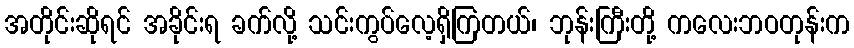
အတိုင်းဆိုရင် အခိုင်းရ ခက်လို့ သင်းကွပ်လေ့ရှိကြတယ်၊ ဘုန်းကြီးတို့ ကလေးဘဝတုန်းက